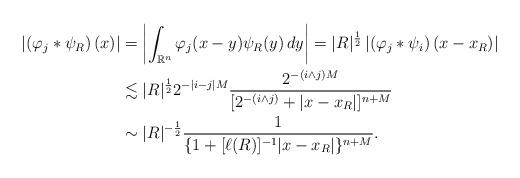
LaTeX: \begin{align*}\left|\left(\varphi_j*\psi_R\right)(x)\right|&=\left|\int_{\mathbb{R}^n}\varphi_j(x-y)\psi_R(y)\,dy\right|=|R|^{\frac12}\left|\left(\varphi_j*\psi_i \right)(x-x_R)\right|\\ &\lesssim|R|^{\frac12}2^{-|i-j|M}\frac{2^{-(i\wedge j)M}}{[2^{-(i\wedge j)}+|x-x_R|]^{n+M}}\\&\sim|R|^{-\frac12}\frac{1}{\{1+[\ell(R)]^{-1}|x-x_R|\}^{n+M}}.\end{align*}